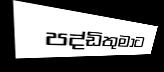
පද්ඩිතුමාට